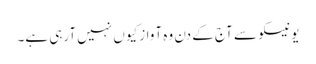
یونیسکو سے آج کے دن وہ آواز کیوں نہیں آرہی ہے۔